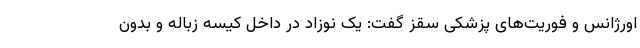
اورژانس و فوریت‌های پزشکی سقز گفت: یک نوزاد در داخل کیسه زباله و بدون